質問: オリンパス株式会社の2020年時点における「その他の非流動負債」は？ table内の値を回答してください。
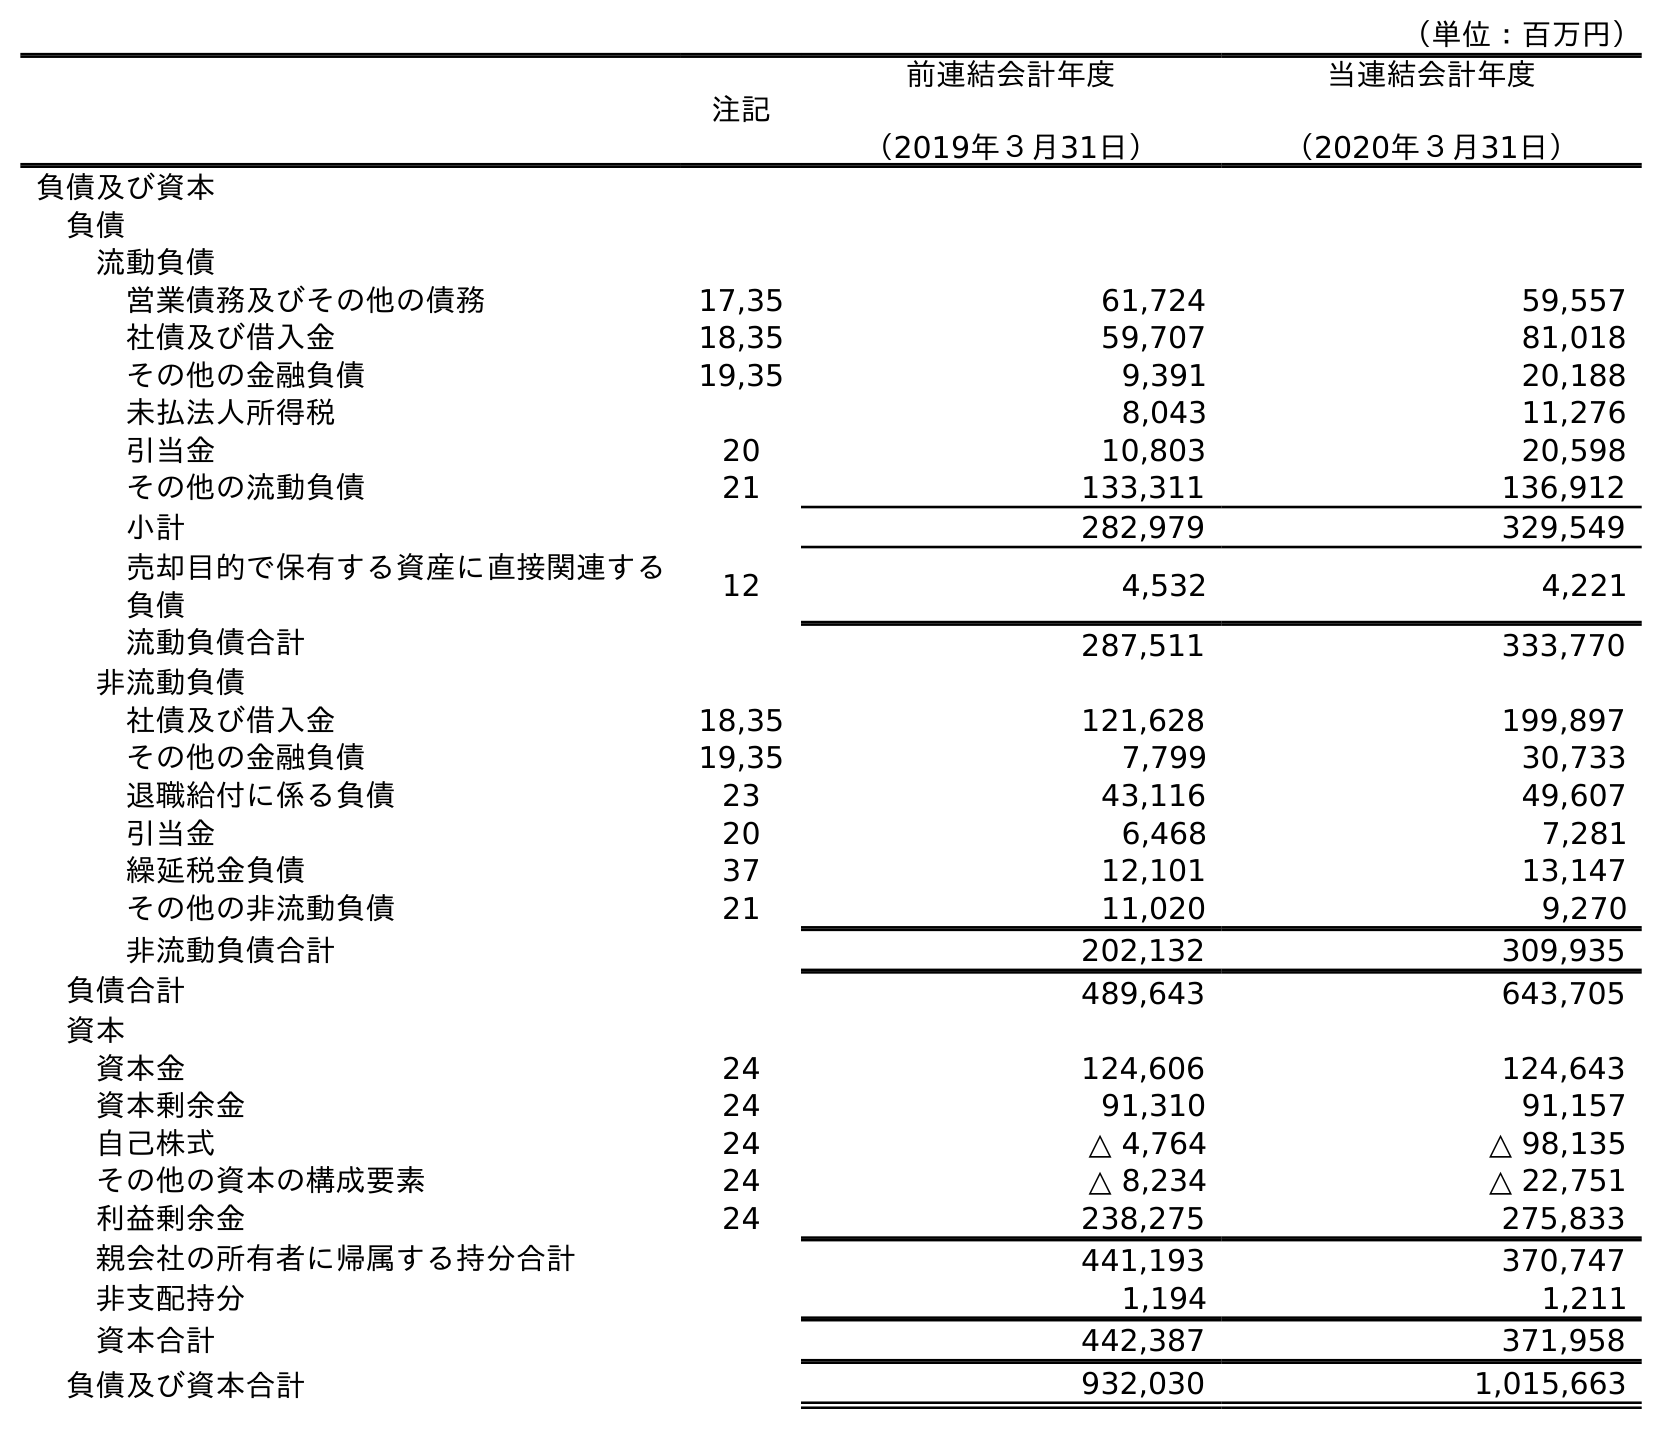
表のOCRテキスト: （単位：百万円） 注記 前連結会計年度 （2019年３月31日） 当連結会計年度 （2020年３月31日） 負債及び資本 負債 流動負債 営業債務及びその他の債務 17,35 61,724 59,557 社債及び借入金 18,35 59,707 81,018 その他の金融負債 19,35 9,391 20,188 未払法人所得税 8,043 11,276 引当金 20 10,803 20,598 その他の流動負債 21 133,311 136,912 小計 282,979 329,549 売却目的で保有する資産に直接関連する 負債 12 4,532 4,221 流動負債合計 287,511 333,770 非流動負債 社債及び借入金 18,35 121,628 199,897 その他の金融負債 19,35 7,799 30,733 退職給付に係る負債 23 43,116 49,607 引当金 20 6,468 7,281 繰延税金負債 37 12,101 13,147 その他の非流動負債 21 11,020 9,270 非流動負債合計 202,132 309,935 負債合計 489,643 643,705 資本 資本金 24 124,606 124,643 資本剰余金 24 91,310 91,157 自己株式 24 △ 4,764 △ 98,135 その他の資本の構成要素 24 △ 8,234 △ 22,751 利益剰余金 24 238,275 275,833 親会社の所有者に帰属する持分合計 441,193 370,747 非支配持分 1,194 1,211 資本合計 442,387 371,958 負債及び資本合計 932,030 1,015,663
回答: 9,270